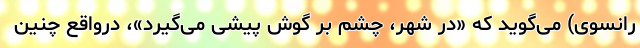
رانسوی) می‌گوید که «در شهر، چشم بر گوش پیشی می‌گیرد»، درواقع چنین